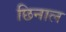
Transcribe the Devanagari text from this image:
छिनाल